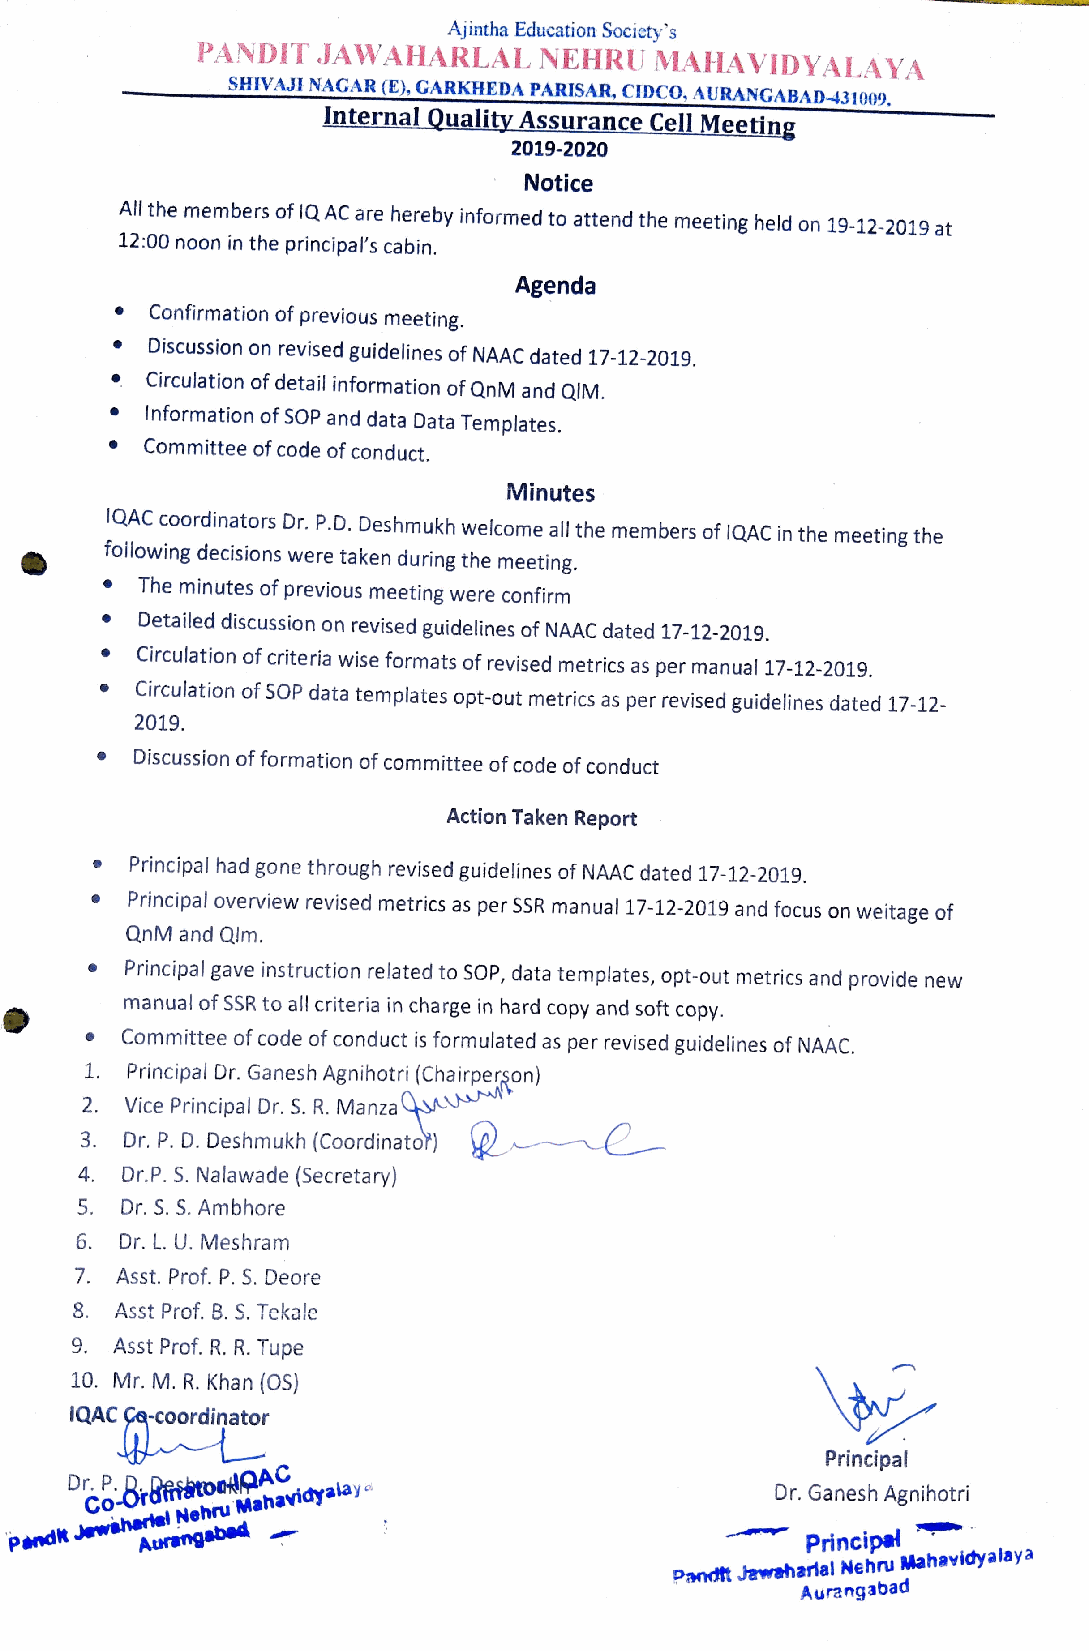
Ajintha Education Society's
 PANDIT  JAWAHARLAL     NEHRU  MAHAVIDYALAYA
 SHIVAJI NAGAR (E), GARKHEDA PARISAR, CIDCO, AURANGABAD431009.
 Internal Quality Assurance Cell Meeting
 2019-2020
 Notice
 All the members of IQ AC are hereby informed to attend the meeting held on 19-12-2019 at
 12:00 noon in the principal's cabin.
 Agenda
 Confirmation of previous meeting.
 Discussion on revised guidelines of NAAC dated 17-12-2019
 Circulation of detail information of QnM and QIM.
 Information of SOP and data Data Templates.
 Committee of code of conduct.
 Minutes
 QAC coordinators Dr. P.D. Deshmukh welcome all the members of 1QAC in the meeting the
 foilowing decisions were taken during the meeting.
 The minutes of previous meeting were confirm
 Detailed discussion on revised guidelines of NAAC dated 17-12-2019.
 Circulation of crite ria wise formats of revised metrics as per manual 17-12-2019.
 Circulation of SOP data templates opt-out metrics as per revised guidelines dated 17-12-
 2019.
 Discussion of formation of committee of code of conduct
 Action Taken Report
 Principal had gone through revised guidelines of NAAC dated 17-12-2019.
 Principal overview revised metrics as perS SR manual 17-12-2019 and focus on weitage of
 QnM and Qlm.
 Principal gave instruction related to SOP, data templates, opt-out metrics and provide new
 manual of SSR to all criteria in charge in hard copy and soft copy.
 Committee of code of conduct is formulated as per revised guidelines of NAAC.
 1. Principal Dr. Ganesh Agnihotri (Chairperson)
 2. Vice Principal Dr. S. R. Manza
 3. Dr.P. D. Deshmukh (Coordinato
 4. Dr.P. 5. Nalawade (Secretary)
 5  Dr. S. S. Ambhore
 6. Dr. L. U. Meshram
 7. Asst. Prof. P. S. Deore
 8. Asst Prof. B. S. Tekale
 9. Asst Prof. R. R. Tupe
 10. Mr. M. R. Khan (0S)
 QAC Ca-coordinator
 Principal
 Co-OrdfatooMAAC                               Dr. Ganesh Agnihotri
 Mahavidyalay
 Nehru
 Jewiherel
 Pandk    Aurangabed                                  Principal
 Mahavidyalaya
 Pandt
 JawaharalNehru
 Aurangabad